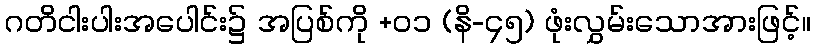
ဂတိငါးပါးအပေါင်း၌ အပြစ်ကို +၀၁ (နိ-၄၅) ဖုံးလွှမ်းသောအားဖြင့်။